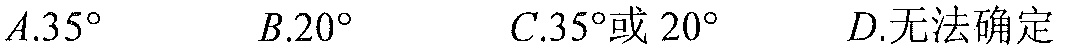
$A.35^{\circ}$  $B.20^{\circ}$  $C.35^{\circ}\text{或}20^{\circ}$  $D.\text{无法确定}$